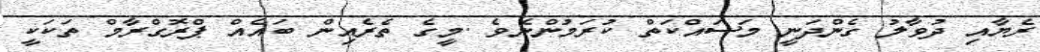
ރެޔާއި ދުވާލު ގެންދަނީ މަސައްކަތް ކުރަމުންނެވެ .މީގެ ތެރެއިން ބައެއް ޕްރޮގްރާމް ތަކަކީ